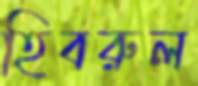
হিবরুল